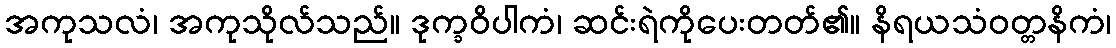
အကုသလံ၊ အကုသိုလ်သည်။ ဒုက္ခဝိပါကံ၊ ဆင်းရဲကိုပေးတတ်၏။ နိရယသံဝတ္တနိကံ၊